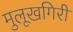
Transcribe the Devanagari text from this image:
मुलूखगिरी